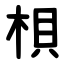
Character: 梖